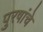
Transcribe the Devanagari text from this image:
पुरषांचे